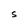
Character: S